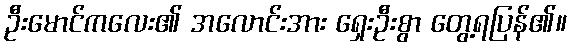
ဦးမောင်ကလေး၏ အလောင်းအား ရှေးဦးစွာ တွေ့ရပြန်၏။